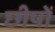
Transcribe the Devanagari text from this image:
छीपों